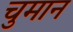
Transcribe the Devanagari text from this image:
चुमान